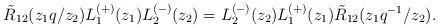
\begin{align*}\tilde{R}_{12}(z_1q/z_2)L_1^{(+)}(z_1)L_2^{(-)}(z_2)= L_2^{(-)}(z_2) L_1^{(+)}(z_1) \tilde{R}_{12}(z_1q^{-1}/z_2).\end{align*}